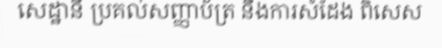
សេដ្ឋានី ប្រគល់សញ្ញាប័ត្រ នឹងការសំដែង ពិសេស